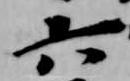
六